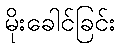
မိုးခေါင်ခြင်း